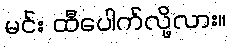
မင်း ထီပေါက်လို့လား။